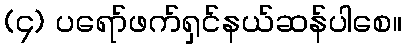
(၄) ပရော်ဖက်ရှင်နယ်ဆန်ပါစေ။